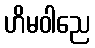
ဟိမဝါညေ